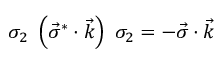
\sigma _ { 2 } \; \left( { \vec { \sigma } } ^ { * } \cdot { \vec { k } } \right) \; \sigma _ { 2 } = - { \vec { \sigma } } \cdot { \vec { k } }